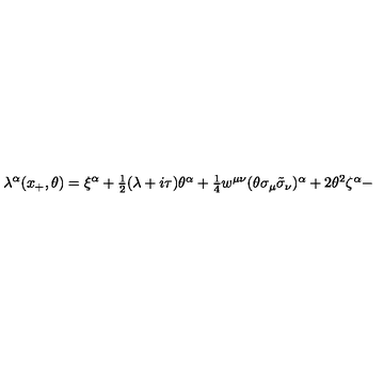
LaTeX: \lambda ^ { \alpha } ( x _ { + } , \theta ) = \xi ^ { \alpha } + \textstyle { \frac { 1 } { 2 } } ( \lambda + i \tau ) \theta ^ { \alpha } + \textstyle { \frac { 1 } { 4 } } w ^ { \mu \nu } ( \theta \sigma _ { \mu } \tilde { \sigma } _ { \nu } ) ^ { \alpha } + 2 \theta ^ { 2 } \zeta ^ { \alpha } -